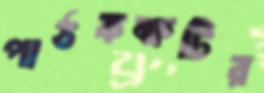
পাঠকক্ষটির